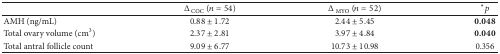
<table><thead><tr><td><b> </b></td><td><b>Δ<sub>COC</sub> (<i>n</i> = 54)</b></td><td><b>Δ<sub>MYO</sub> (<i>n</i> = 52)</b></td><td><b><sup><i>∗</i></sup><i>p</i></b></td></tr></thead><tbody><tr><td>AMH (ng/mL)</td><td>0.88 ± 1.72</td><td>2.44 ± 5.45</td><td><b>0.048</b></td></tr><tr><td>Total ovary volume (cm<sup>3</sup>)</td><td>2.37 ± 2.81</td><td>3.97 ± 4.84</td><td><b>0.040</b></td></tr><tr><td>Total antral follicle count</td><td>9.09 ± 6.77</td><td>10.73 ± 10.98</td><td>0.356</td></tr></tbody></table>